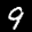
Label: 9